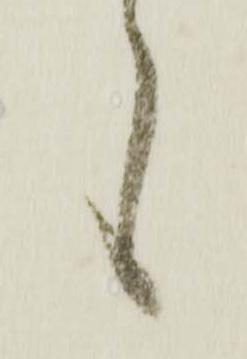
言